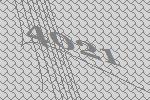
4021